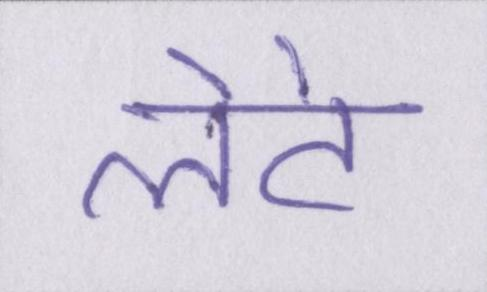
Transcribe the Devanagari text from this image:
लेटे